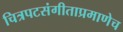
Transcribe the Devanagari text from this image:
चित्रपटसंगीताप्रमाणेच